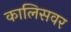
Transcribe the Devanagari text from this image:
कालिसवर